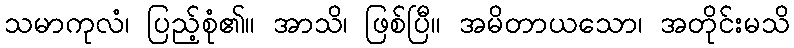
သမာကုလံ၊ ပြည့်စုံ၏။ အာသိ၊ ဖြစ်ပြီ။ အမိတာယသော၊ အတိုင်းမသိ